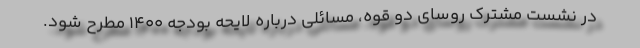
در نشست مشترک روسای دو قوه، مسائلی درباره لایحه بودجه ۱۴۰۰ مطرح شود.